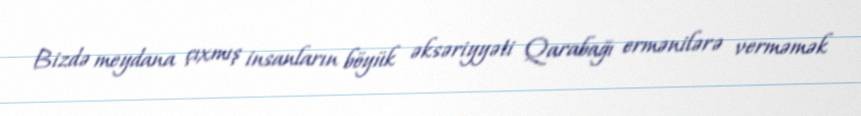
Bizdə meydana çıxmış insanların böyük əksəriyyəti Qarabağı ermənilərə verməmək